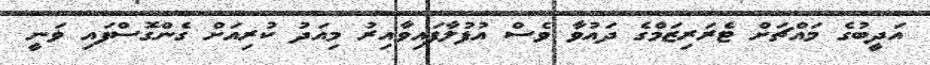
އަދީބުގެ މައްޗަށް ޓެރަރިޒަމްގެ ދައުވާ ވެސް އުފުލާފައިވާއިރު މިއަދު ކުރިއަށް ގެންގޮސްފައި ވަނީ